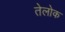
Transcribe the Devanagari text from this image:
तेलोक